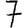
Digit: 7